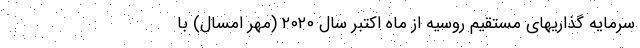
سرمایه گذاریهای مستقیم روسیه از ماه اکتبر سال ۲۰۲۰ (مهر امسال) با